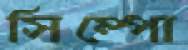
সিম্পো